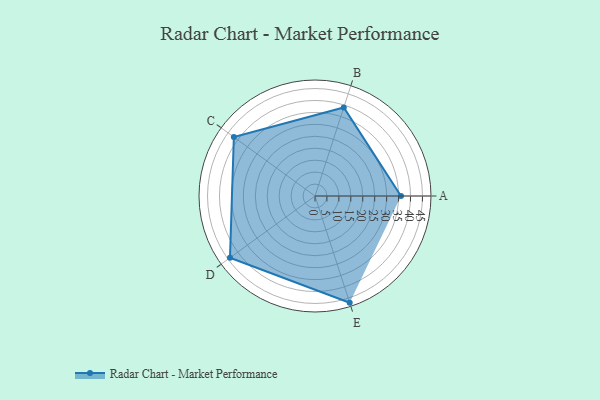
{"axis": {"x": "Skill", "y": "Score"}, "legend": ["Profile"], "data": [{"x": "A", "y": 36.0, "type": "Profile"}, {"x": "B", "y": 39.0, "type": "Profile"}, {"x": "C", "y": 42.0, "type": "Profile"}, {"x": "D", "y": 44.0, "type": "Profile"}, {"x": "E", "y": 47.0, "type": "Profile"}]}